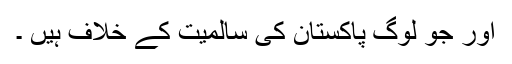
اور جو لوگ پاکستان کی سالمیت کے خلاف ہیں ۔